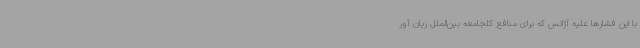
با این فشارها علیه آژانس که برای منافع کلجامعه بین‌الملل زیان آور